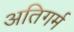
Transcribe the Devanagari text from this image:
अतिगर्म